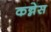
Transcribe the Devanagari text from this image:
कन्नेस